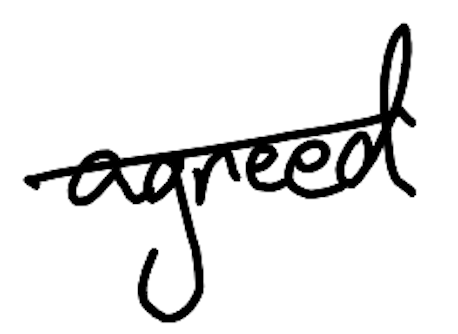
Text: agreed
Cross-out: mix
Writing tool: digital_black